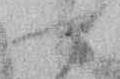
季